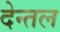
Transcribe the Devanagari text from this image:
देन्तल